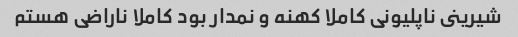
شیرینى ناپلیونى کاملا کهنه و نمدار بود کاملا ناراضی هستم